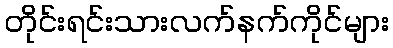
တိုင်းရင်းသားလက်နက်ကိုင်များ